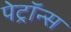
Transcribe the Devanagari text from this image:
पेट्रॉन्स